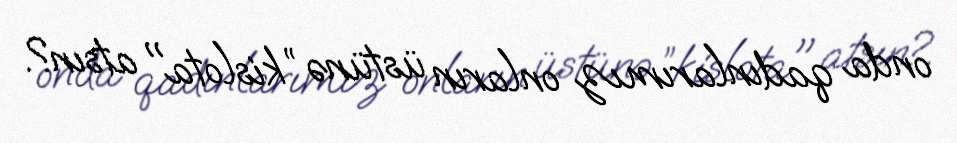
onda qadınlarımız onların üstünə ”kislota" atsın?.